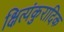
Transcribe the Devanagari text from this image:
क्षित्यंकुरादिक